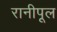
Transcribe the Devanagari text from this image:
रानीपूल